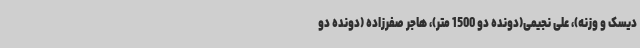
دیسک و وزنه)، علی نجیمی(دونده دو 1500 متر)، هاجر صفرزاده (دونده دو